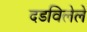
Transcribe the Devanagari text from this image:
दडविलेले